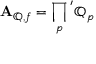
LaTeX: \mathbf { A } _ { \mathbb { Q } , f } = \prod _ { p } { } ^ { ' } \mathbb { Q } _ { p }